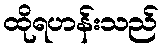
ထိုရဟန်းသည်